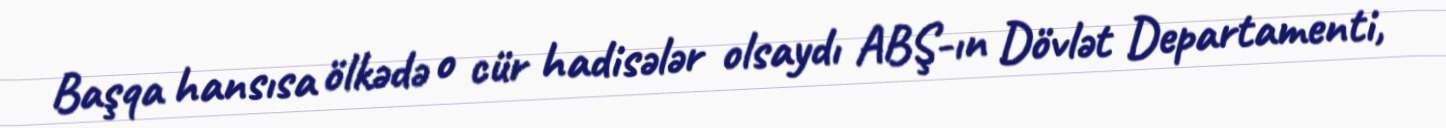
Başqa hansısa ölkədə o cür hadisələr olsaydı ABŞ-ın Dövlət Departamenti,